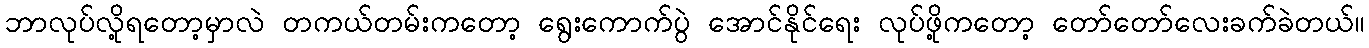
ဘာလုပ်လို့ရတော့မှာလဲ တကယ်တမ်းကတော့ ရွေးကောက်ပွဲ အောင်နိုင်ရေး လုပ်ဖို့ကတော့ တော်တော်လေးခက်ခဲတယ်။